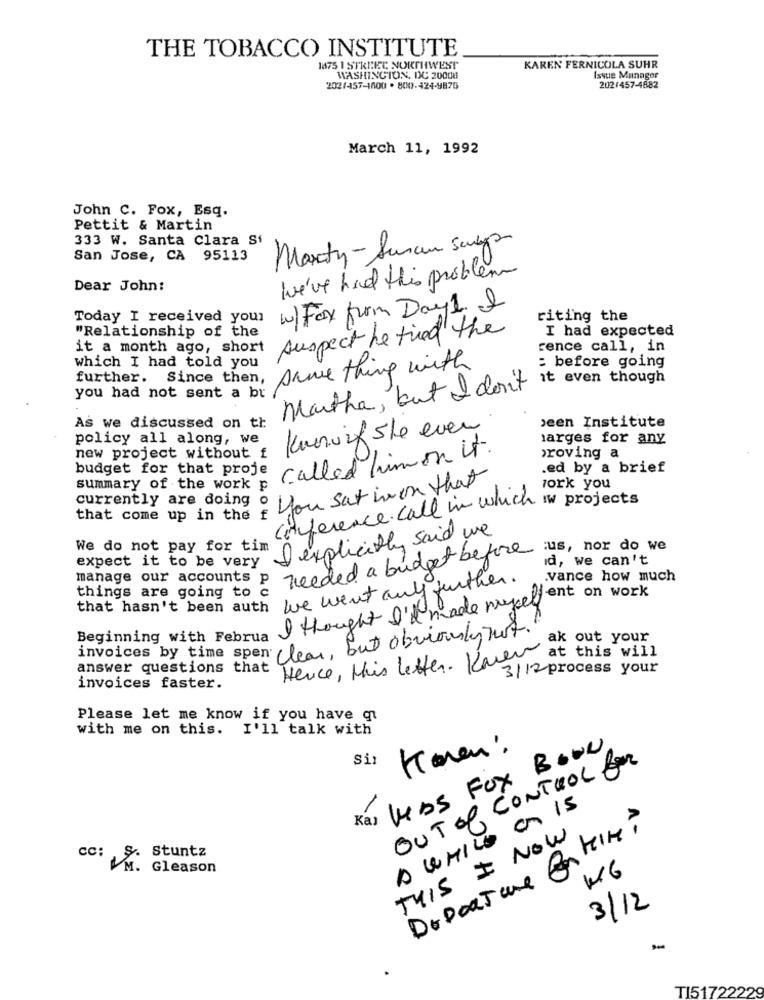
THE TOBACCO INSTITUTE
1875 1 STREET NORTHWEST
KAREN FERNICOLA SUHR
WASHINGTON, DC 20008
Issue Munagor
202/457-1600 . 800-424-9876
202/457-4882
March 11, 1992
John C. Fox, Esq.
Pettit & Martin
333 W. Santa Clara S
Marty- Sunan says
San Jose, CA 95113
We've had this problem
Dear John:
w/Fax from Day1 I
Today I received your
riting the
"Relationship of the
suspect he tried the
I had expected
it a month ago, short
rence call, in
which I had told you
: before going
further. Since then, same thing with
it even though
you had not sent a br
Martha, but I don't
›een Institute
As we discussed on tr
Kuruif she even
policy all along, we
larges for any
new project without f
called him on it.
proving a
budget for that proje
ed by a brief
you sat in on that
summary of the work p
york you
currently are doing o
conference call in which in projects
that come up in the f
"I explicitly said we
We do not pay for tim
:us, nor do we
d, we can't
expect it to be very
manage our accounts p needed a budget before
vance how much
that hasn't been auth we went any further.
I thought I'd made mycell ent on work
things are going to c
invoices by time spen clear, but obviously not.
Beginning with Februa
Herce, this letter. Karen at out your
at this will
answer questions that
3/12 process your
invoices faster.
Please let me know if you have qu
with me on this. I'll talk with
-
Ka) LAS Fox Book
Karen :
Si1
OUT Of CONTROL for
A WHILE CON IS
-
DEPORTune Carteir ?
THIS I NOW
CC:
S. Stuntz
M. Gleason
KG
3/12
TI51722229